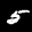
Label: 5